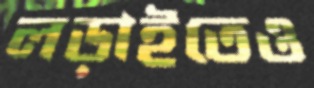
লড়াইতেও